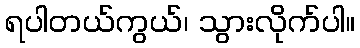
ရပါတယ်ကွယ်၊ သွားလိုက်ပါ။